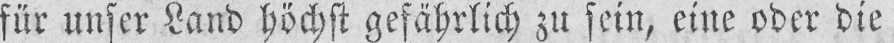
für unser Land höchst gefährlich zu sein, eine oder die